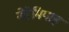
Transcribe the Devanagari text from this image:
नेहेमियाह